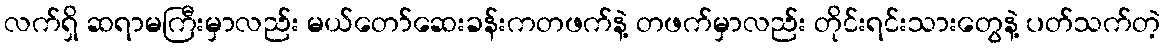
လက်ရှိ ဆရာမကြီးမှာလည်း မယ်တော်ဆေးခန်းကတဖက်နဲ့ တဖက်မှာလည်း တိုင်းရင်းသားတွေနဲ့ ပတ်သက်တဲ့